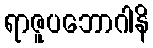
ရာဇူပဘောဂါနိ